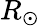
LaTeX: R_{\odot}